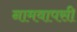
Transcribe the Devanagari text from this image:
नामवापसी